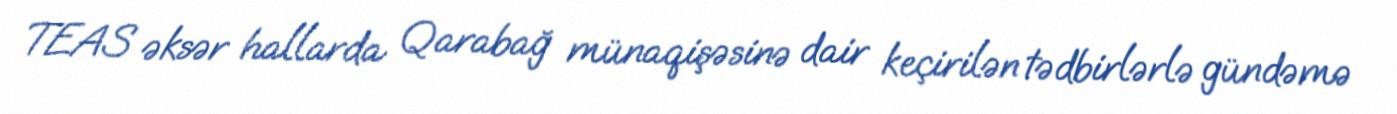
TEAS əksər hallarda Qarabağ münaqişəsinə dair keçirilən tədbirlərlə gündəmə